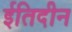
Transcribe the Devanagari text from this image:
ईतिदीन